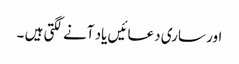
اور ساری دعائیں یاد آنے لگتی ہیں ۔